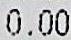
0.00